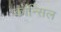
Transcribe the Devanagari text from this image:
काँन्सिल